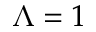
\Lambda = 1